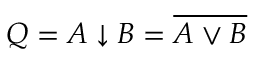
Q = A \downarrow B = \overline { { A \vee B } }